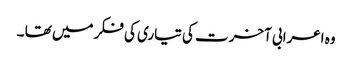
وہ اعرابی آخرت کی تیاری کی فکر میں تھا ۔